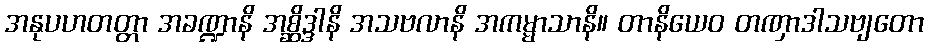
အနုပဟတတ္တာ အခဏ္ဍာနိ အစ္ဆိဒ္ဒါနိ အသဗလာနိ အကမ္မာသာနိ။ တာနိယေဝ တဏှာဒါသဗျတော